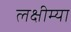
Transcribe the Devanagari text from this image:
लक्षीम्या